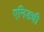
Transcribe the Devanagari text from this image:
एनिडची